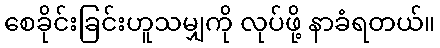
စေခိုင်းခြင်းဟူသမျှကို လုပ်ဖို့ နာခံရတယ်။